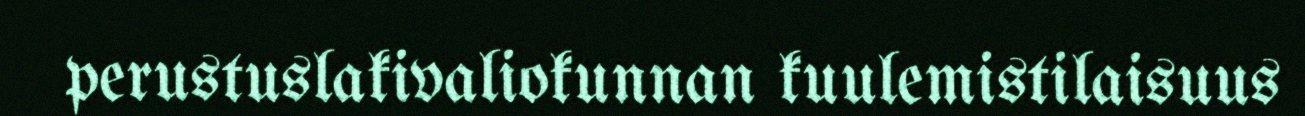
perustuslakivaliokunnan kuulemistilaisuus